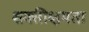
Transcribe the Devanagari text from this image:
शक्तीक्षमता